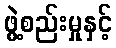
ဖွဲ့စည်းမှုနှင့်